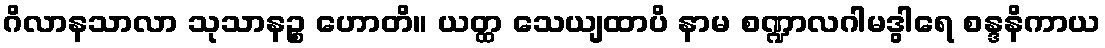
ဂိလာနသာလာ သုသာနဉ္စ ဟောတိ။ ယတ္ထ သေယျထာပိ နာမ စဏ္ဍာလဂါမဒွါရေ စန္ဒနိကာယ